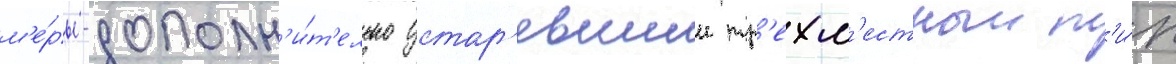
м'е́ры-дополн'и́т'ельно устар'евшии тр'ехм'естныи т'и́п